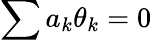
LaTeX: \sum a_{k}\theta_{k}=0